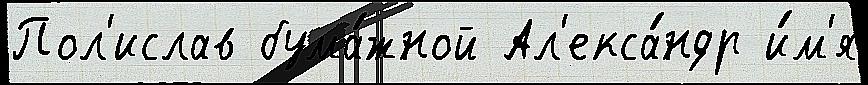
Пол'ислав бума́жной Ал'екса́ндр и́м'я